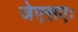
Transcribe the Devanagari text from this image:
जेएसएः